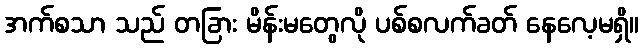
အက်စသာ သည် တခြား မိန်းမတွေလို ပစ်စလက်ခတ် နေလေ့မရှိ။